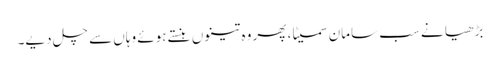
بڑھیا نے سب سامان سمیٹا، پھر وہ تینوں ہنستے ہوئے وہاں سے چل دیے۔